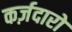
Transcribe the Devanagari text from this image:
कर्ज़दारों